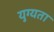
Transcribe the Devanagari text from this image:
युग्यता